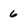
Character: 6